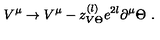
V ^ { \mu } \to V ^ { \mu } - z _ { V \Theta } ^ { ( l ) } e ^ { 2 l } \partial ^ { \mu } \Theta \ .